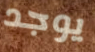
يوجد